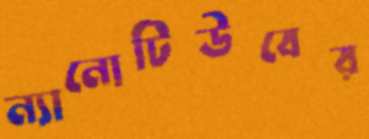
ন্যানোটিউবের